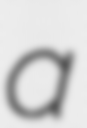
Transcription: a